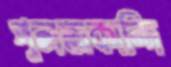
পুলতাকান্দি